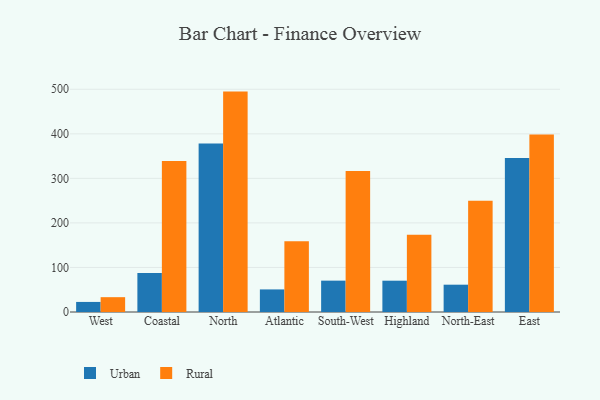
{"axis": {"x": "Region", "y": "Tickets Resolved"}, "legend": ["Rural", "Urban"], "data": [{"x": "West", "y": 22.6, "type": "Urban"}, {"x": "West", "y": 33.3, "type": "Rural"}, {"x": "Coastal", "y": 87.5, "type": "Urban"}, {"x": "Coastal", "y": 338.9, "type": "Rural"}, {"x": "North", "y": 378.4, "type": "Urban"}, {"x": "North", "y": 494.8, "type": "Rural"}, {"x": "Atlantic", "y": 50.7, "type": "Urban"}, {"x": "Atlantic", "y": 158.8, "type": "Rural"}, {"x": "South-West", "y": 70.4, "type": "Urban"}, {"x": "South-West", "y": 316.4, "type": "Rural"}, {"x": "Highland", "y": 70.3, "type": "Urban"}, {"x": "Highland", "y": 173.2, "type": "Rural"}, {"x": "North-East", "y": 61.3, "type": "Urban"}, {"x": "North-East", "y": 249.8, "type": "Rural"}, {"x": "East", "y": 345.7, "type": "Urban"}, {"x": "East", "y": 398.6, "type": "Rural"}]}